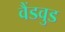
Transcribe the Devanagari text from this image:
वैंडवुड